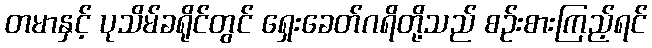
တမာနှင့် ပုသိမ်ခရိုင်တွင် ရှေးခေတ်ဂရိတို့သည် စဉ်းစားကြည့်ရင်